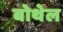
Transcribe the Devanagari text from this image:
बोथेल